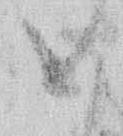
め